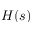
H ( s )